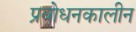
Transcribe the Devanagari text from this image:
प्रबोधनकालीन